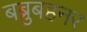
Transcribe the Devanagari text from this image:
बब्रुबहनर